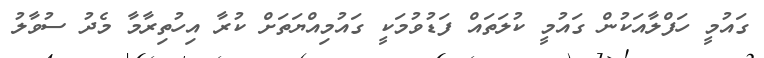
ގައުމީ ހަފްލާއަކުން ގައުމީ ކުލަތައް ފަޑުވުމަކީ ގައުމިއްޔަތަށް ކުރާ އިހުތިރާމާ މެދު ސުވާލު